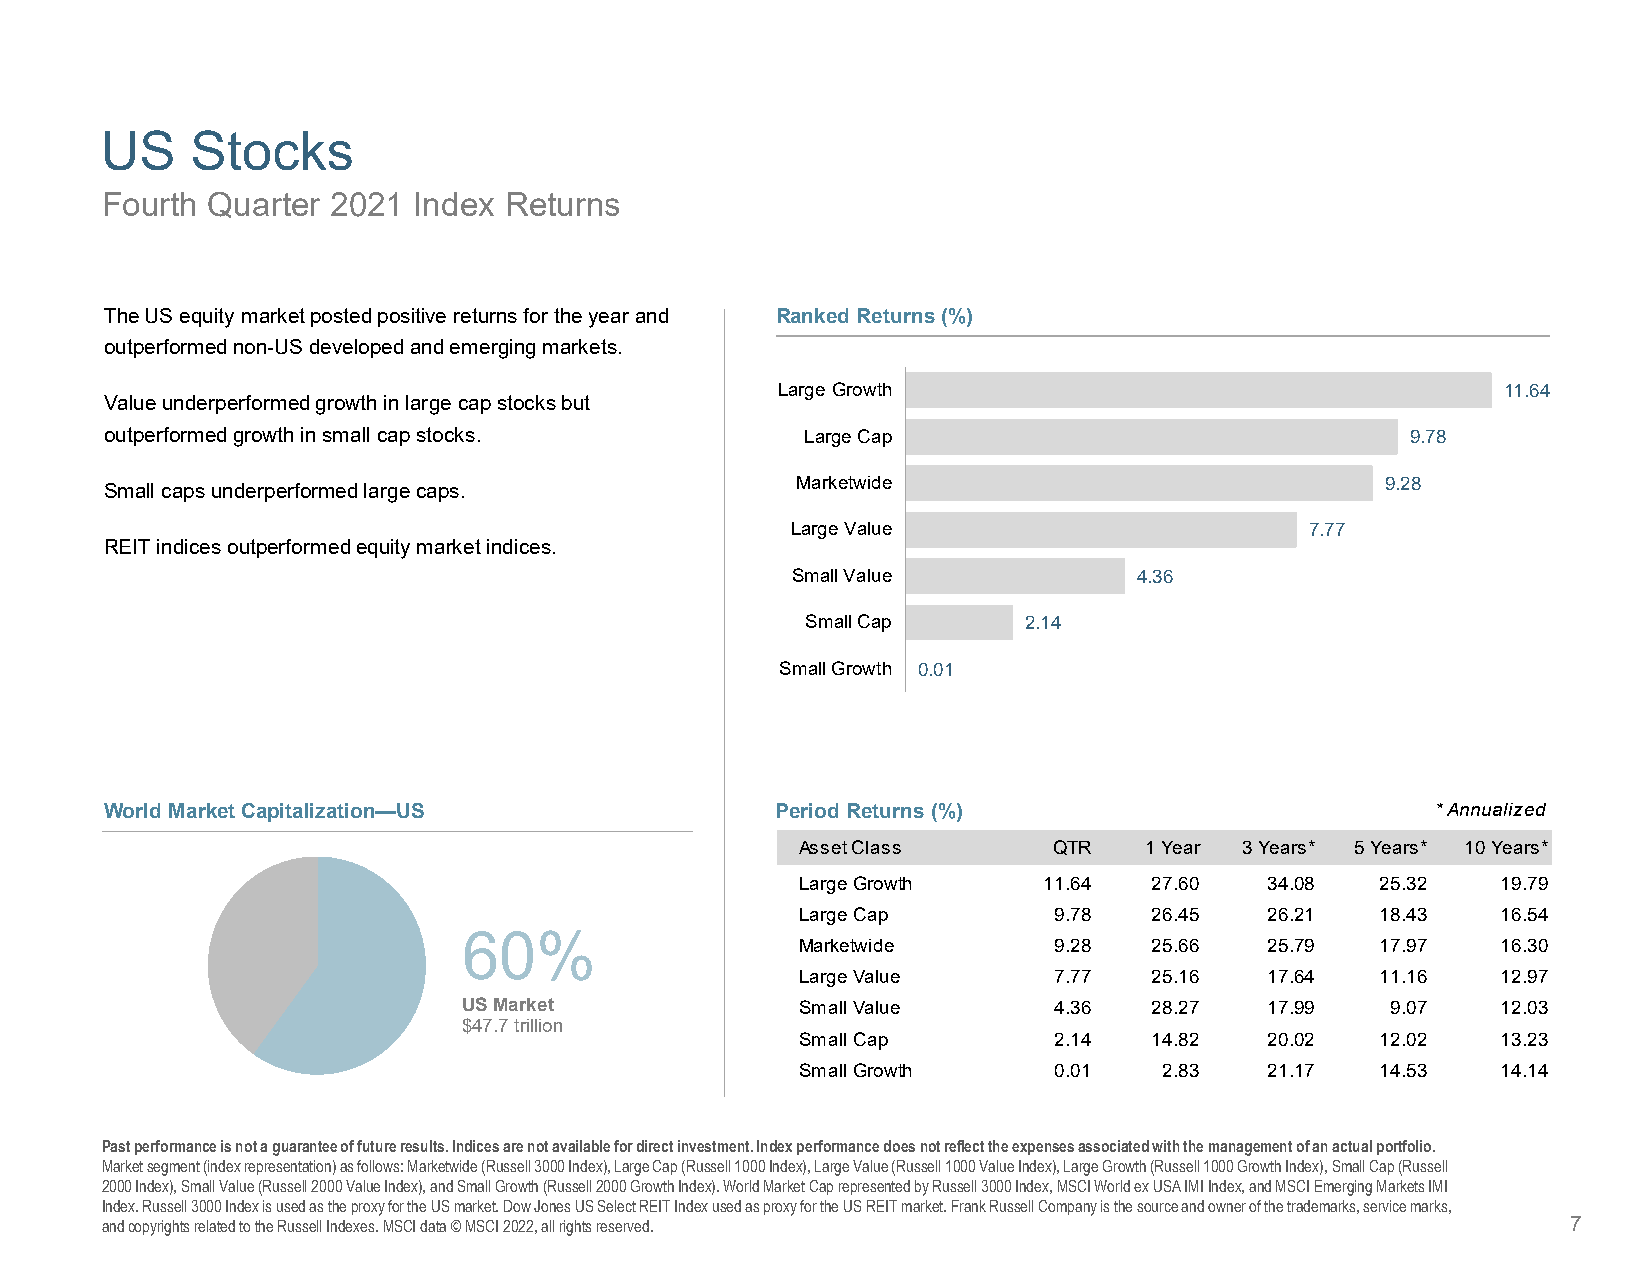
US    Stocks
 Fourth Quarter 2021 Index Returns
 The US equity market posted positive returns for the year and Ranked Returns (%)
 outperformed non-US developed and emerging markets.
 Large Growth                                   11.64
 Value underperformed growth in large cap stocks but
 outperformed growth in small cap stocks.      Large Cap                               9.78
 Marketwide                             9.28
 Small caps underperformed large caps.
 Large Value                        7.77
 REIT indices outperformed equity market indices.
 Small Value            4.36
 Small Cap      2.14
 Small Growth 0.01
 World Market Capitalization—US              Period Returns (%)                          * Annualized
 Asset Class      QTR   1 Year 3 Years* 5 Years* 10 Years*
 Large Growth    11.64  27.60   34.08  25.32   19.79
 Large Cap        9.78  26.45   26.21  18.43   16.54
 60%
 Marketwide       9.28  25.66   25.79  17.97   16.30
 Large Value      7.77  25.16   17.64  11.16   12.97
 US Market             Small Value      4.36  28.27   17.99   9.07   12.03
 $47.7 trillion
 Small Cap        2.14  14.82   20.02  12.02   13.23
 Small Growth     0.01   2.83   21.17  14.53   14.14
 Past performance is not a guarantee of future results. Indices are not available for direct investment. Index performance does not reflect the expenses associated with the management of an actual portfolio.
 Market segment (index representation) as follows: Marketwide (Russell 3000 Index), Large Cap (Russell 1000 Index), Large Value (Russell 1000 Value Index), Large Growth (Russell 1000 Growth Index), Small Cap (Russell
 2000 Index), Small Value (Russell 2000 Value Index), and Small Growth (Russell 2000 Growth Index). World Market Cap represented by Russell 3000 Index, MSCI World ex USA IMI Index, and MSCI Emerging Markets IMI
 Index. Russell 3000 Index is used as the proxy for the US market. Dow Jones US Select REIT Index used as proxy for the US REIT market. Frank Russell Company is the source and owner of the trademarks, service marks,
 and copyrights related to the Russell Indexes. MSCI data © MSCI 2022, all rights reserved.       7